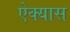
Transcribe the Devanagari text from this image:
ऐक्यास